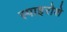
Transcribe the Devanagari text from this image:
स्पाइरोशे